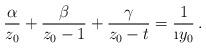
LaTeX: \begin{align*}\frac{\alpha}{z_0}+\frac{\beta}{z_0-1}+\frac{\gamma}{z_0-t}=\frac{1}{\i y_0}\,.\end{align*}